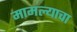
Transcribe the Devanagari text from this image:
मामल्याचा